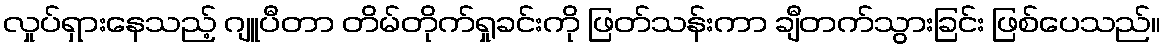
လှုပ်ရှားနေသည့် ဂျူပီတာ တိမ်တိုက်ရှုခင်းကို ဖြတ်သန်းကာ ချီတက်သွားခြင်း ဖြစ်ပေသည်။